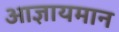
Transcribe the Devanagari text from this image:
आज्ञायमान